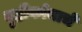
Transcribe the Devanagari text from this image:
दृष्टीकोनाचे